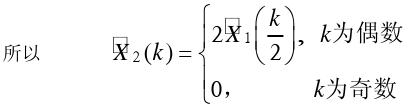
所以
\[
X_2(k)=
\begin{cases}
2X_1\left(\frac{k}{2}\right), & k为偶数 \\
0, & k为奇数
\end{cases}
\]